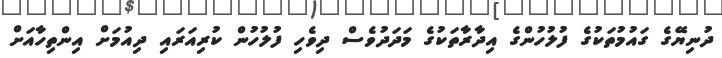
ދުނިޔޭގެ ގައުމުތަކުގެ ފުލުހުންގެ އިދާރާތަކުގެ މަދަދުވެސް ދިވެހި ފުލުހުން ކުރިއަރައި ދިއުމަށް އިންތިހާއަށް